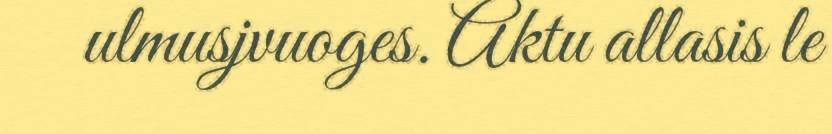
ulmusjvuoges. Aktu allasis le